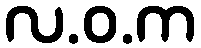
လ.ဝ.က